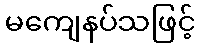
မကျေနပ်သဖြင့်